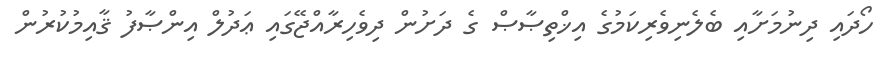
ހޯދައި ދިނުމަށާއި ބެލެނިވެރިކަމުގެ އިޚްތިޞާޞް ގެ ދަށުން ދިވެހިރާއްޖޭގައި ޢަދުލް އިންޞާފު ޤާއިމުކުރުން